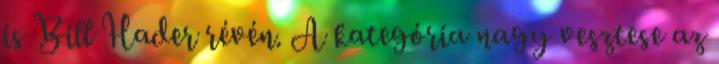
is Bill Hader révén. A kategória nagy vesztese az